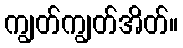
ကျွတ်ကျွတ်အိတ်။